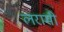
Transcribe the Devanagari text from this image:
लरामी